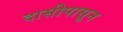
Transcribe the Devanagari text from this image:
दासीपासून